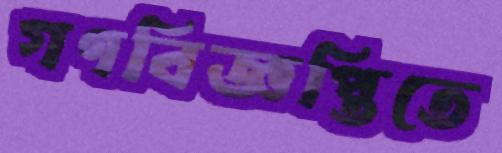
গণবিজ্ঞপ্তিতে